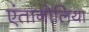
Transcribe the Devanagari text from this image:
एंतानोलिया